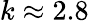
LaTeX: k\approx 2.8